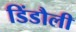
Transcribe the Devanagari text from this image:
डिंडौली